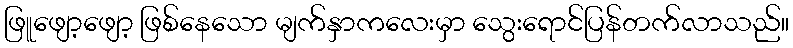
ဖြူဖျော့ဖျော့ ဖြစ်နေသော မျက်နှာကလေးမှာ သွေးရောင်ပြန်တက်လာသည်။